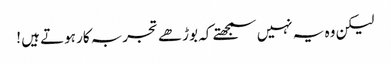
لیکن وہ یہ نہیں سمجھتے کہ بوڑھے تجربہ کار ہوتے ہیں !